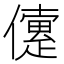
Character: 𠐑